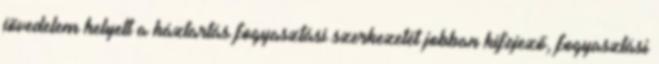
jövedelem helyett a háztartás fogyasztási szerkezetét jobban kifejező, fogyasztási